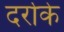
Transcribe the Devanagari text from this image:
दर्रोके